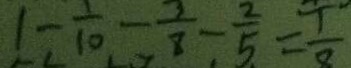
1 - \frac { 1 } { 1 0 } - \frac { 3 } { 8 } - \frac { 2 } { 5 } = \frac { 1 } { 8 }